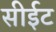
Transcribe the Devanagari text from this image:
सीईट